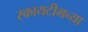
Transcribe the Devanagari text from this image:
स्कायटीमच्या